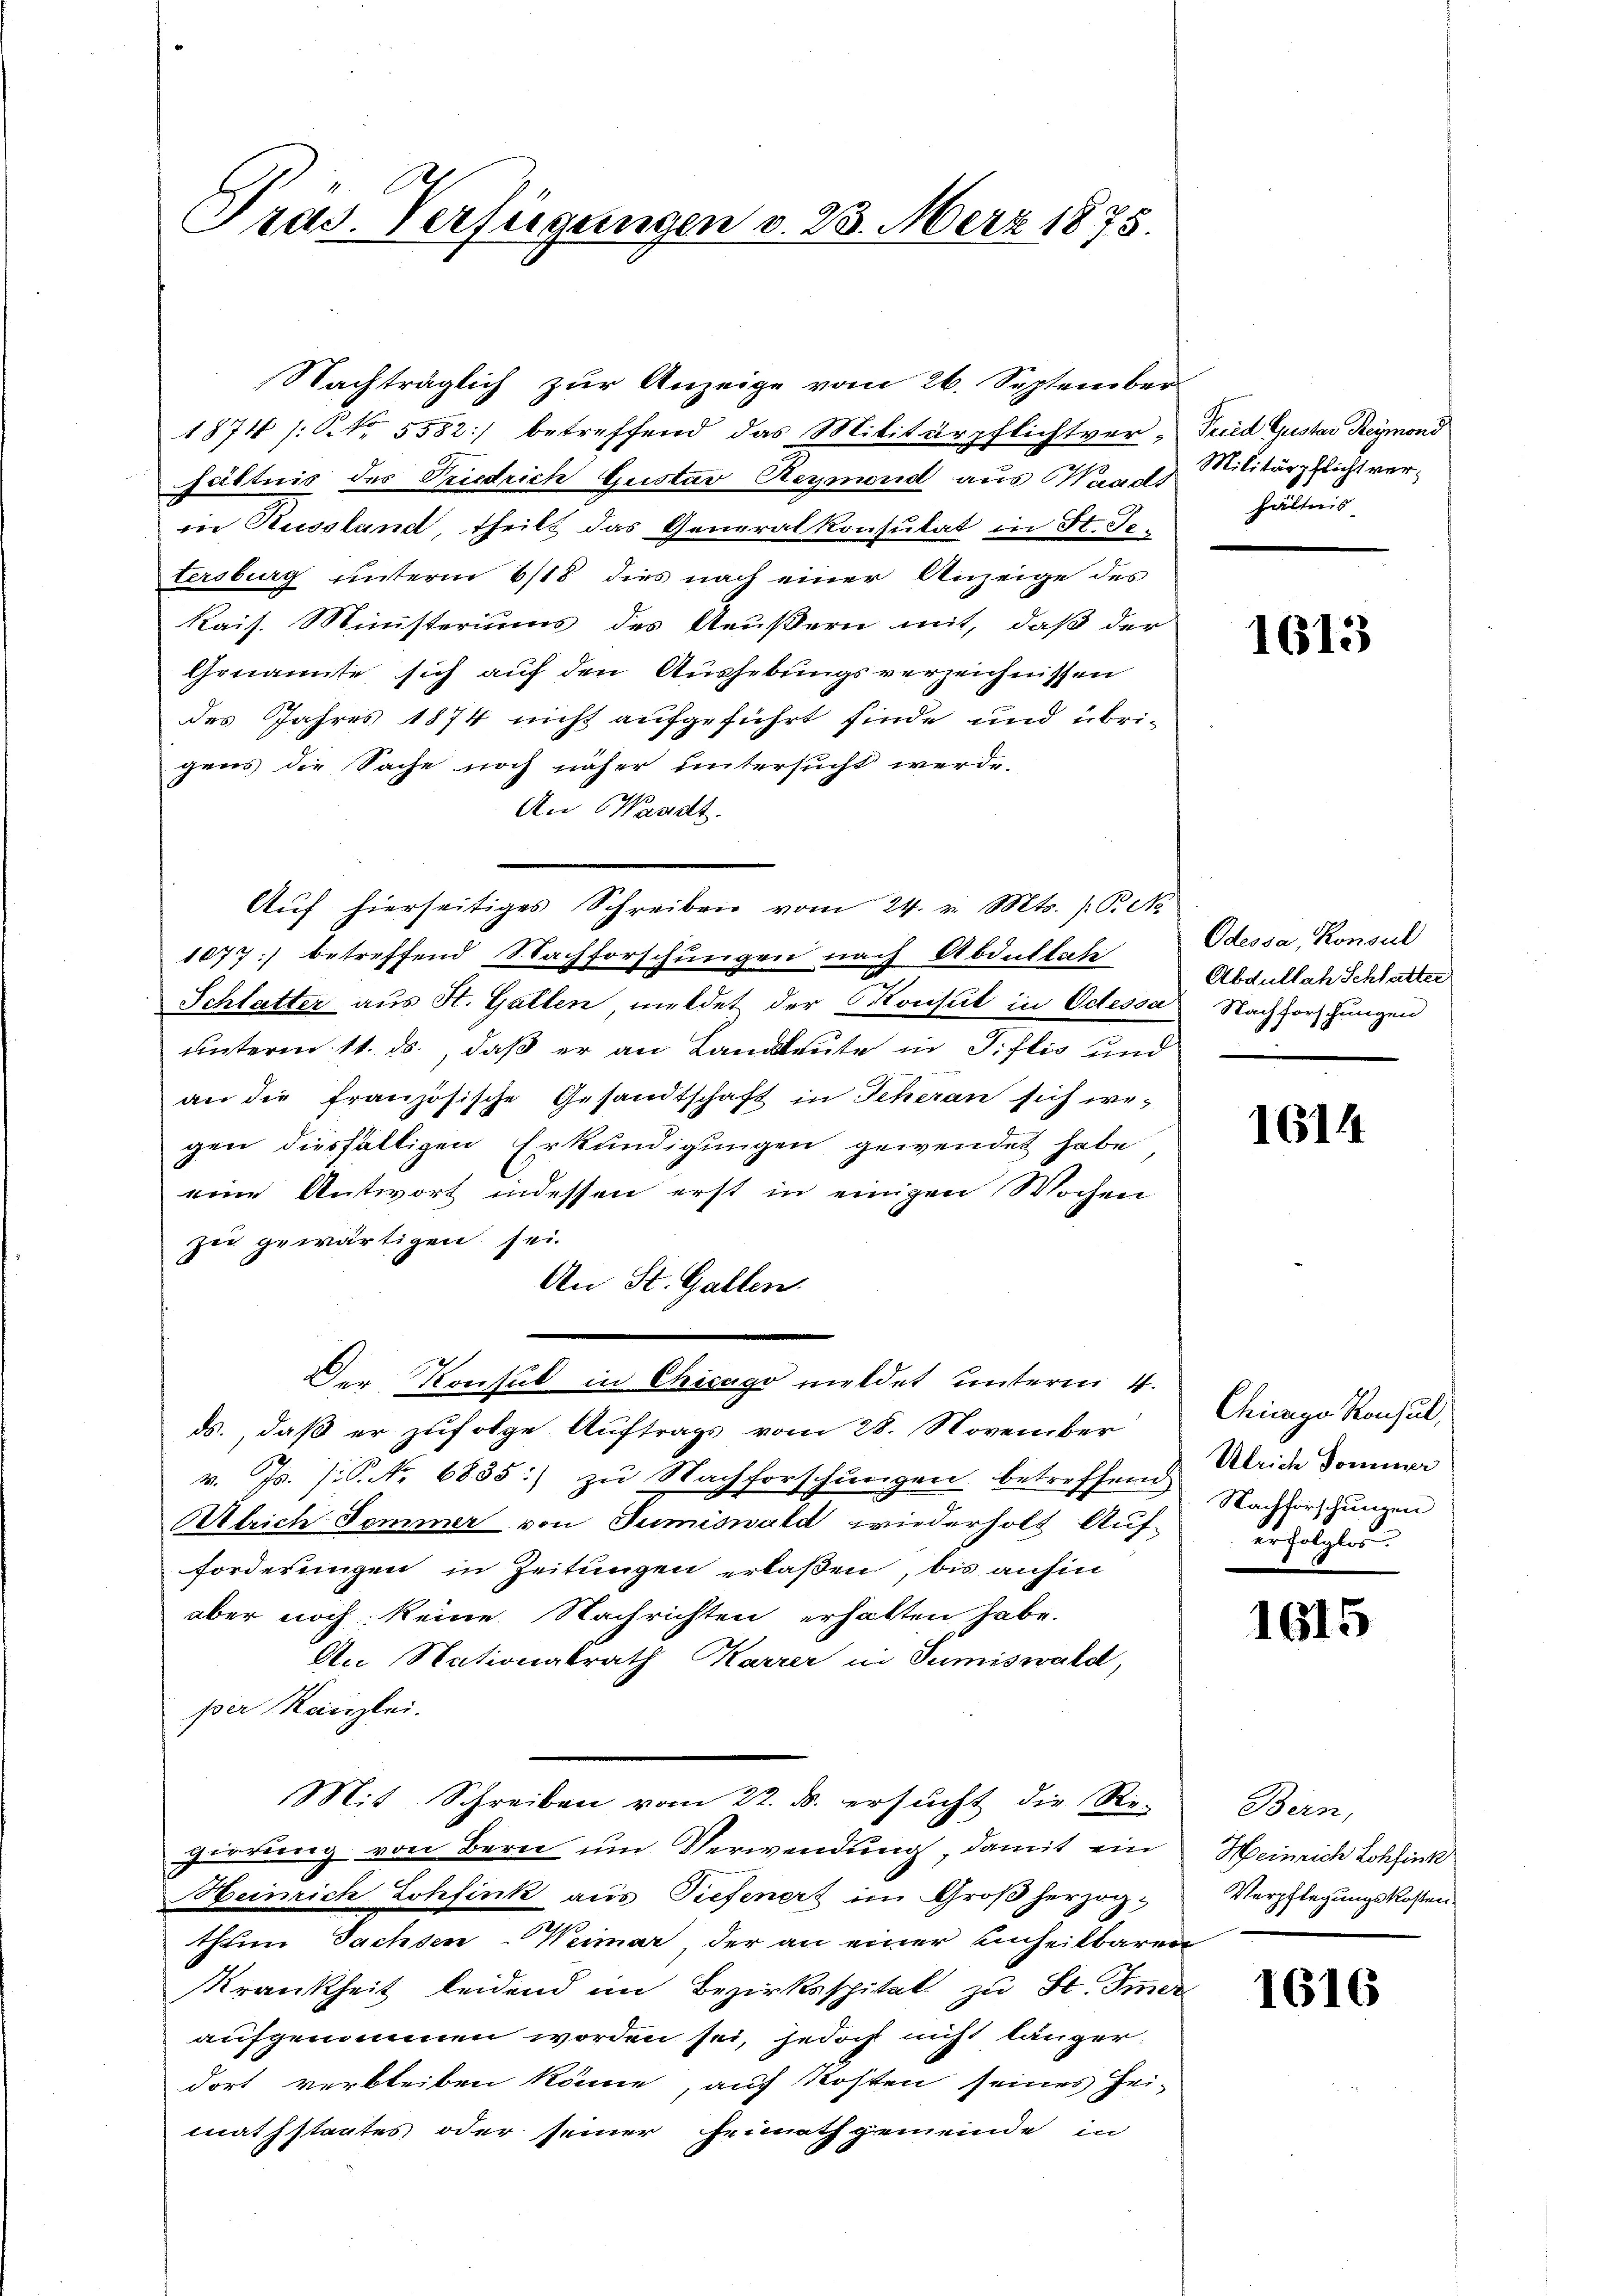
Pras. Verfügungen v. 23. März 1875.

Nachträglich zŭr Anzeige vom 26. September
1874 /: No 5582) betreffend das Militärpflichtver, Fried Gustav Reymond
hältnis des Triedrich Gustav Reymond aus Waadt Militärpflicht verin Aussland, theils das Generalkonsulat in St. Getersburg unterm 6/18 dies nach einer Anzeige des
kais. Ministeriums des Aeußern mit, daß der
Genannte sich auf den Aushebungsverzeichnissen
des Jahres 1874 nicht aufgeführt finde und übrigens die Sache noch näher untersucht werde.
An Waadt
Aŭf hierseitiges Schreiben vom 24. v. Mts. P. M.
1077) betreffend Nachforschungen nach Abdullah
Schlatter aus St. Gallen meldet der Konsul in Odessa Nachforschungen
unterm 11. ds., daß er an Landleute in Tislis und
an die französische Gesandtschaft in Scheran sich wegen diesfälligen Erkundigungen gewendet habe,
eine Antwort indessen erst in einigen Wochen
zu gewärtigen sei.
An St. Gallen.
Der Konsul in Chicago meldet unterm 4.
ds., daß er zufolge Auftrags vom 28. November
v. Js. [S. Nr. 6885) zu Nachforschungen betreffend
Alrich Sommer von Tumiswald wiederholt Auf-
forderungen in Zeitungen erlaßen, bis anhin
aber noch keine Nachrichten erhalten habe.
An Nationalrath Karrer in Sumiswald,
per Kanzlei.
Mit Schreiben vom 22. ds. ersucht die Re-
gierung von Bern um Verwendung, damit ein
Heinrich Lohfink aus Tiefenert im Großherzogthum Sachsen-Weimar der an einer unheilbaren
Krankheit leidend im Bezirksspital zu St. Immer
aufgenommen worden sei, jedoch nicht länger-
dort verbleiben könne, auf Kosten seines Hei-
mathstaates oder seiner Heimathgemeinde in

hältens

1613

Odessa, Konsul
Abdullah Schlatter

1614

Chicago Konsul,
Ulrich Dominer
Nachforschungen
erfolglos.

1615

Bern,
Heinrich Lohfink
Verpflegungskosten.
h

1616